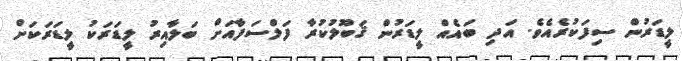
ލީޑަރުން ސިފަކުރެއެވެ. އަދި ބައެއް ލީޑަރުން ޤަބޫލުކުރާ ފަލްސަފާއަށް ބަލާއިރު ލީޑަރަކު ލީޑަރަކަށް